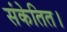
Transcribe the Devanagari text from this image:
संकेतित।